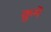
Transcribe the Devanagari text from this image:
क्रुमे